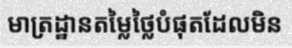
មាត្រដ្ឋានតម្លៃថ្លៃបំផុតដែលមិន